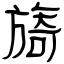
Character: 旖